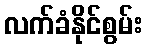
လက်ခံနိုင်စွမ်း